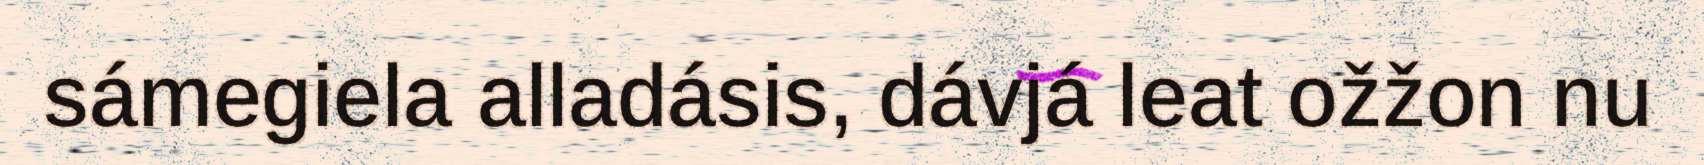
sámegiela alladásis, dávjá leat ožžon nu